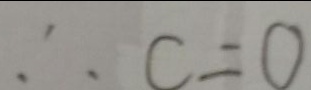
\therefore c = 0